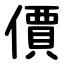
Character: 價